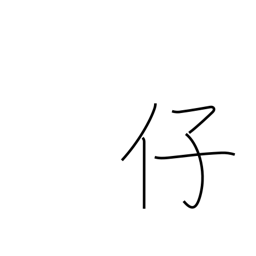
Meaning: fine